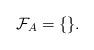
LaTeX: \begin{align*}\mathcal{F}_A = \{\}.\end{align*}